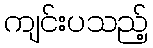
ကျင်းပသည့်